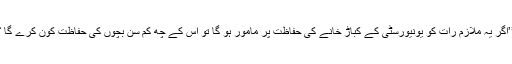
’’اگر یہ ملازم رات کو یونیورسٹی کے کباڑ خانے کی حفاظت پر مامور ہو گا تو اس کے چھ کم سن بچوں کی حفاظت کون کرے گا ؟